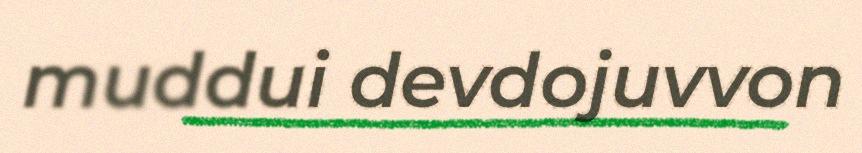
muddui devdojuvvon